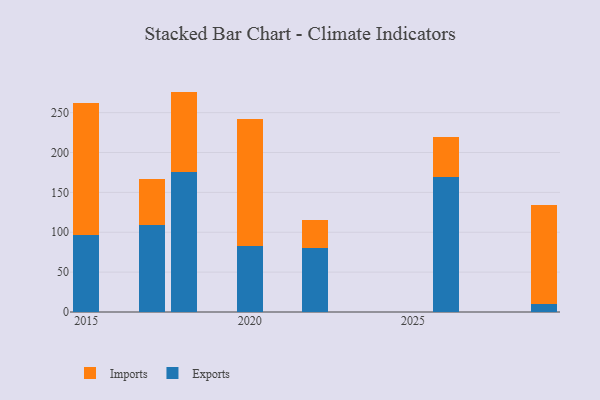
{"axis": {"x": "Year", "y": "Temperature (°C)"}, "legend": ["Exports", "Imports"], "data": [{"x": "2017", "y": 109.2, "type": "Exports"}, {"x": "2017", "y": 57.9, "type": "Imports"}, {"x": "2020", "y": 83.0, "type": "Exports"}, {"x": "2020", "y": 159.5, "type": "Imports"}, {"x": "2018", "y": 176.1, "type": "Exports"}, {"x": "2018", "y": 100.3, "type": "Imports"}, {"x": "2015", "y": 96.5, "type": "Exports"}, {"x": "2015", "y": 165.9, "type": "Imports"}, {"x": "2029", "y": 9.9, "type": "Exports"}, {"x": "2029", "y": 124.4, "type": "Imports"}, {"x": "2026", "y": 169.7, "type": "Exports"}, {"x": "2026", "y": 49.9, "type": "Imports"}, {"x": "2022", "y": 79.9, "type": "Exports"}, {"x": "2022", "y": 35.7, "type": "Imports"}]}